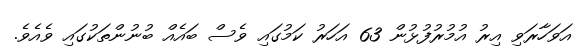
އަވަހާރަވި އިރު އުމުރުފުޅުން 63 އަހަރު ކަމުގައި ވެސް ބައެއް ބުނުންތަކުގައި ވެއެވެ.